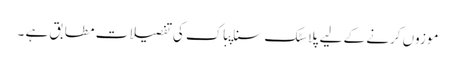
موزوں کرنے کے لیے پلاسٹک سناپباک کی تفصیلات مطابق ہے ۔